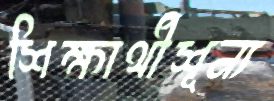
শিক্ষার্থীশূন্য